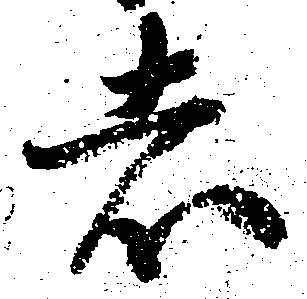
者